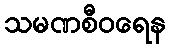
သမဏစီဝရေန